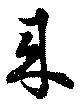
來